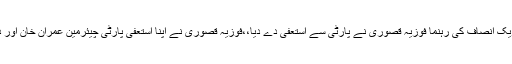
23 مئی2018ء) پاکستان تحریک انصاف کی رہنما فوزیہ قصوری نے پارٹی سے استعفیٰ دے دیا،،فوزیہ قصوری نے اپنا استعفی پارٹی چیئرمین عمران خان اور دیگر پارٹی قائدین کو بھیج دیا ۔